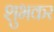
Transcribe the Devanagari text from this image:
शुभकर